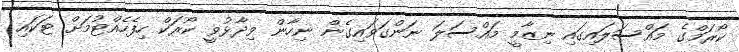
ކޯރަމްގެ މައްސަލައިގައި ނިޒާމީ މައްސަލަ ނަންގަވައިގެން ނިހާން ވިދާޅުވީ ކޯރަކް ހިފެހެއްޓުމަށް ޓަކައި